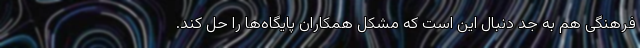
فرهنگی هم به جد دنبال این است که مشکل همکاران پایگاه‌ها را حل کند.